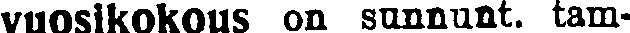
vuosikokous on sunnunt. tam-